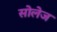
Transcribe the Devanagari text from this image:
सोलेज